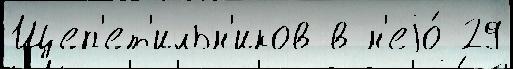
Щеп'ет'ильн'иков в н'еjо́ 29